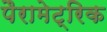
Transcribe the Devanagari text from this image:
पैरामेट्रिक